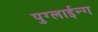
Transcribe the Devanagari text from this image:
पुग्लाईन्ग